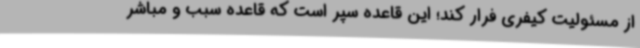
از مسئولیت کیفری فرار کند؛ این قاعده سپر است که قاعده سبب و مباشر